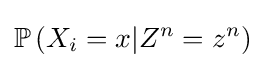
\mathbb {P} \left(X_{i}=x|Z^{n}=z^{n}\right)